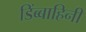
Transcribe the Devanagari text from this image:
डिंब्बाहिनी